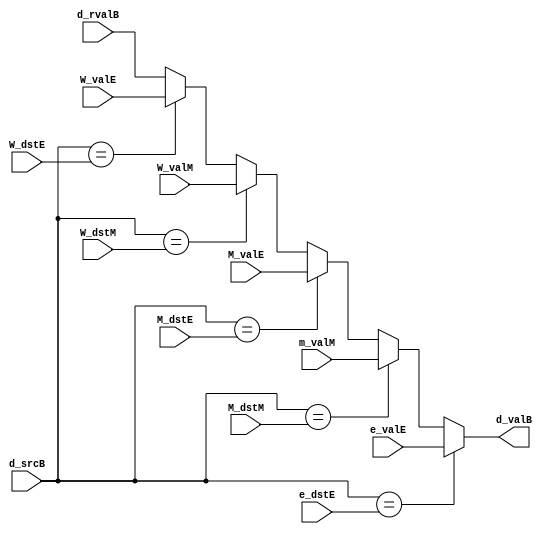
module fwd_selB(
    output reg [63:0]d_valB,
    input [63:0]d_rvalB,
    input [3:0]d_srcB,
    input [63:0]W_valE,
    input [3:0]W_dstE,
    input [63:0]W_valM,
    input [3:0]W_dstM,
    input [63:0]m_valM,
    input [3:0]M_dstM,
    input [63:0]M_valE,
    input [3:0]M_dstE,
    input [63:0]e_valE,
    input [3:0]e_dstE
);

    always @*
    begin
        if(d_srcB == e_dstE)
        begin
            d_valB<=e_valE;
        end 
        else if(d_srcB == M_dstM)
        begin
            d_valB<=m_valM;
        end
        else if(d_srcB == M_dstE)
        begin
            d_valB<=M_valE;
        end
        else if(d_srcB == W_dstM)
        begin
            d_valB<=W_valM;
        end        
        else if(d_srcB == W_dstE)
        begin
            d_valB<=W_valE;
        end  
        else
        begin
            d_valB<=d_rvalB;
        end    
    end
endmodule